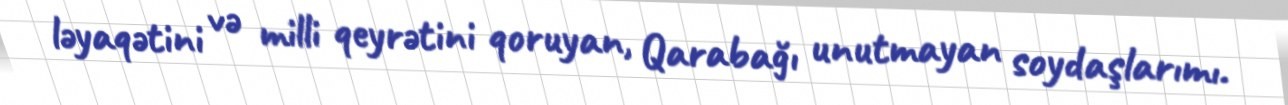
ləyaqətini və milli qeyrətini qoruyan, Qarabağı unutmayan soydaşlarımı.